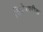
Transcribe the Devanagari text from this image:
सिद्धेश्‍वरीक